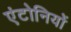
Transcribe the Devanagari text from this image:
एंटोनियों